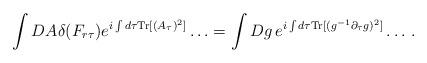
LaTeX: \begin{align*}\int DA \delta(F_{r\tau}) e^{i\int d\tau {\mathrm{Tr}}[(A_{\tau})^2]}\ldots = \int Dg\, e^{i\int d\tau {\mathrm{Tr}}[(g^{-1}\partial_{\tau}g)^2]}\ldots\,.\end{align*}